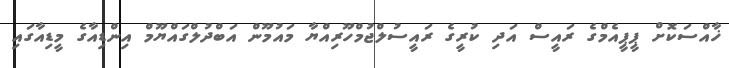
ޚާއްސަކޮށް ޕީޕީއެމްގެ ރައީސް އަދި ކުރީގެ ރައީސުލްޖުމްހޫރިއްޔާ މައުމޫން އަބްދުލްގައްޔޫމް އިންޑިއާގެ މީޑިއާގައި